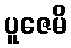
ပူဇေမိ